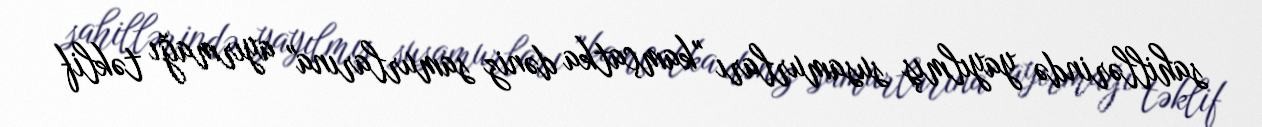
sahillərində yayılmış susamurları "kamçatka dəniz samurlarına" ayırmağı təklif